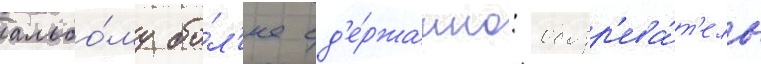
альбо́му бо́л'ее сд'е́ржанно: обозр'ева́т'ель